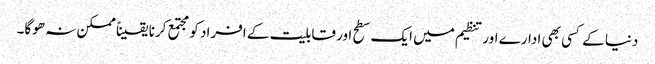
دنیا کے کسی بھی ادارے اور تنظیم میں ایک سطح اور قابلیت کے افراد کو مجتمع کرنا یقیناً ممکن نہ ھوگا۔